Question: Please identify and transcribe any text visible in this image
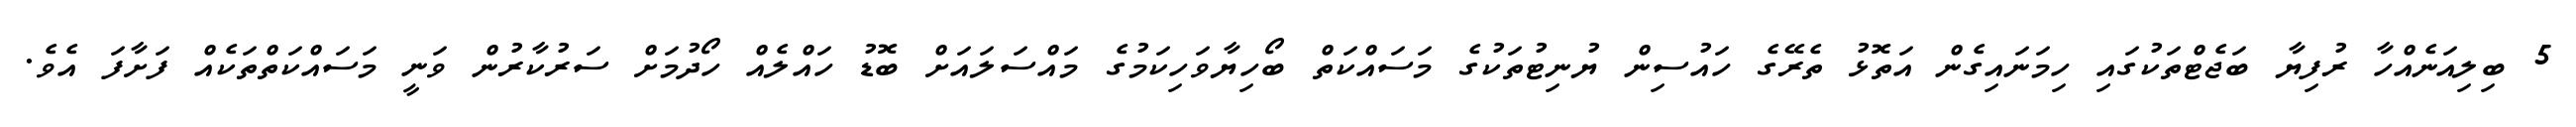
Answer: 5 ބިލިއަނެއްހާ ރުފިޔާ ބަޖެޓްތަކުގައި ހިމަނައިގެން އަތޮޅު ތެރޭގެ ހައުސިން ޔުނިޓުތަކުގެ މަސައްކަތް ބޯހިޔާވަހިކަމުގެ މައްސަލައަށް ބޮޑު ހައްލެއް ހޯދުމަށް ސަރުކާރުން ވަނީ މަސައްކަތްތަކެއް ފަށާފަ އެވެ.